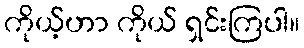
ကိုယ့်ဟာ ကိုယ် ရှင်းကြပါ။